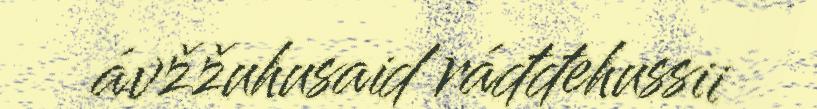
ávžžuhusaid ráđđehussii